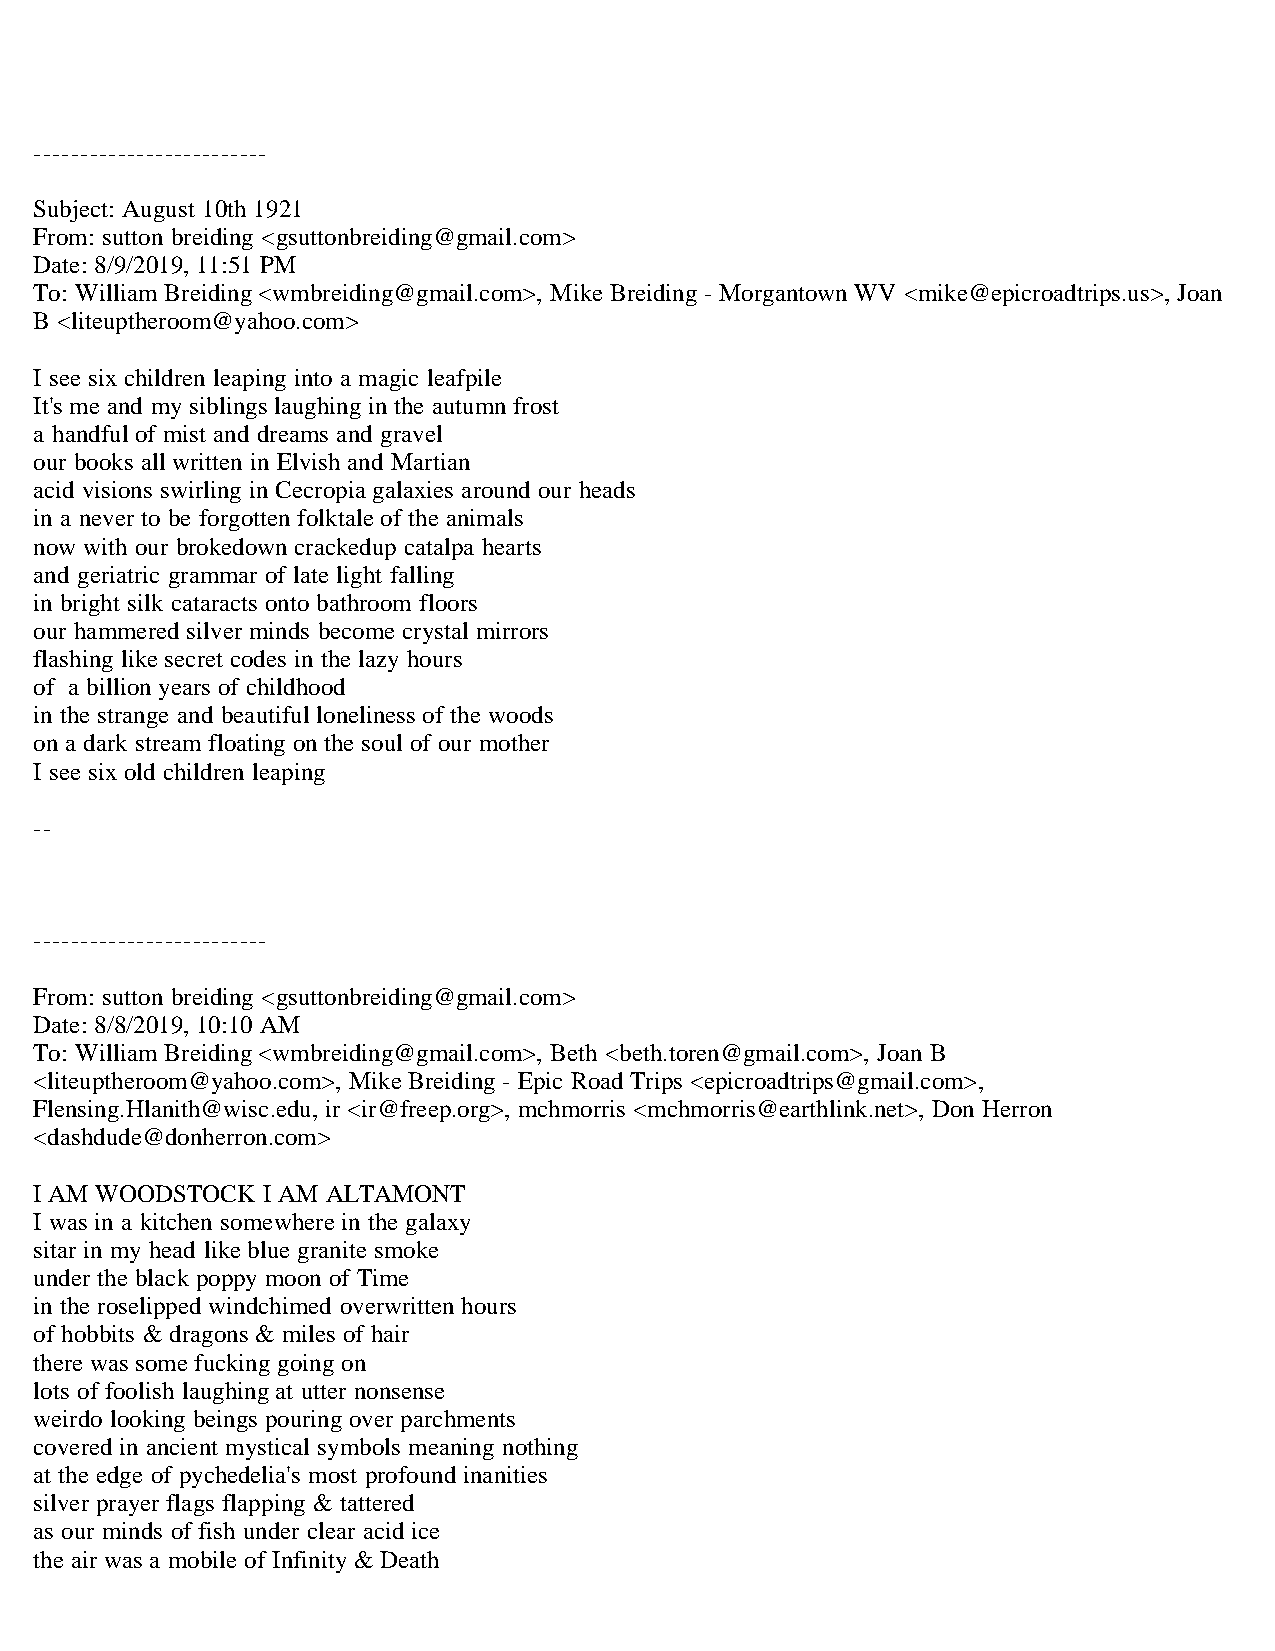
-------------------------
 Subject: August 10th 1921
 From: sutton breiding <gsuttonbreiding@gmail.com>
 Date: 8/9/2019, 11:51 PM
 To: William Breiding <wmbreiding@gmail.com>, Mike Breiding - Morgantown WV <mike@epicroadtrips.us>, Joan
 B <liteuptheroom@yahoo.com>
 I see six children leaping into a magic leafpile
 It's me and my siblings laughing in the autumn frost
 a handful of mist and dreams and gravel
 our books all written in Elvish and Martian
 acid visions swirling in Cecropia galaxies around our heads
 in a never to be forgotten folktale of the animals
 now with our brokedown crackedup catalpa hearts
 and geriatric grammar of late light falling
 in bright silk cataracts onto bathroom floors
 our hammered silver minds become crystal mirrors
 flashing like secret codes in the lazy hours
 of a billion years of childhood
 in the strange and beautiful loneliness of the woods
 on a dark stream floating on the soul of our mother
 I see six old children leaping
 --
 -------------------------
 From: sutton breiding <gsuttonbreiding@gmail.com>
 Date: 8/8/2019, 10:10 AM
 To: William Breiding <wmbreiding@gmail.com>, Beth <beth.toren@gmail.com>, Joan B
 <liteuptheroom@yahoo.com>, Mike Breiding - Epic Road Trips <epicroadtrips@gmail.com>,
 Flensing.Hlanith@wisc.edu, ir <ir@freep.org>, mchmorris <mchmorris@earthlink.net>, Don Herron
 <dashdude@donherron.com>
 I AM WOODSTOCK I AM ALTAMONT
 I was in a kitchen somewhere in the galaxy
 sitar in my head like blue granite smoke
 under the black poppy moon of Time
 in the roselipped windchimed overwritten hours
 of hobbits & dragons & miles of hair
 there was some fucking going on
 lots of foolish laughing at utter nonsense
 weirdo looking beings pouring over parchments
 covered in ancient mystical symbols meaning nothing
 at the edge of pychedelia's most profound inanities
 silver prayer flags flapping & tattered
 as our minds of fish under clear acid ice
 the air was a mobile of Infinity & Death